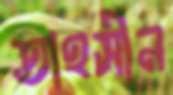
তাহসীন